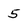
Character: 5